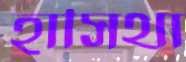
হাসিথা